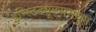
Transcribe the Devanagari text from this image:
इन्स्टिट्यूट्समधून